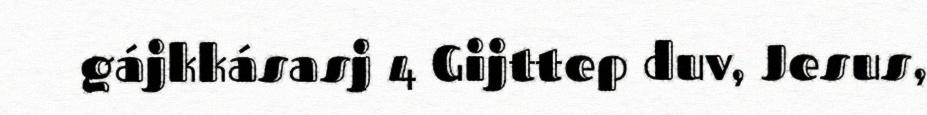
gájkkásasj 4 Gijttep duv, Jesus,